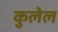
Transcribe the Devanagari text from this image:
कुलेल